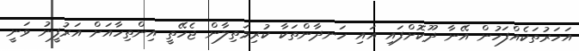
އަހަރުތަކެއްފަހުން އޭނާ ދޫކޮށްފައި އައި ހަނދާންތަކާ ކުރިމަތިލާން ޖެހޭތީ އިންތިހާއަށް އަރުފީނު ވަނީ